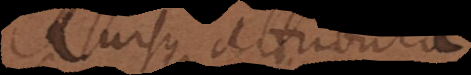
Rursus attributa